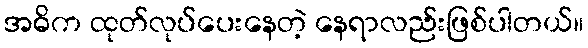
အဓိက ထုတ်လုပ်ပေးနေတဲ့ နေရာလည်းဖြစ်ပါတယ်။